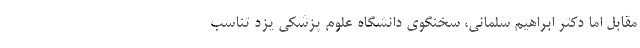
مقابل اما دکتر ابراهیم سلمانی، سخنگوی دانشگاه علوم پزشکی یزد تناسب